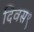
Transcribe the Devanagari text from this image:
दिवस९